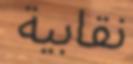
نقابية